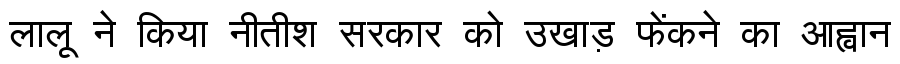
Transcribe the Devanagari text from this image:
लालू ने किया नीतीश सरकार को उखाड़ फेंकने का आह्वान